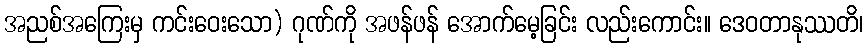
အညစ်အကြေးမှ ကင်းဝေးသော) ဂုဏ်ကို အဖန်ဖန် အောက်မေ့ခြင်း လည်းကောင်း။ ဒေဝတာနုဿတိ၊